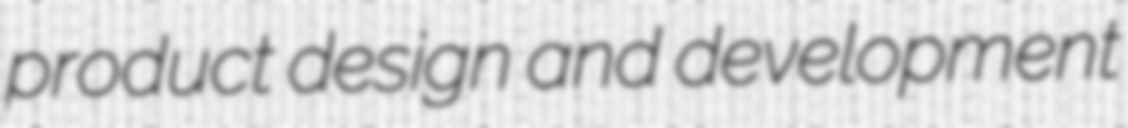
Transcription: product design and development